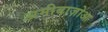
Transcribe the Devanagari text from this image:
अमीबाज़ोआ